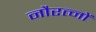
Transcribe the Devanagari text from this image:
नौरत्नों